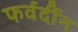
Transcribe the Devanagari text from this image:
फर्वर्दीन